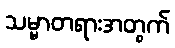
သမ္မာတရားအတွက်